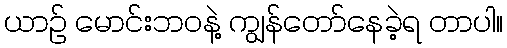
ယာဉ် မောင်းဘဝနဲ့ ကျွန်တော်နေခဲ့ရ တာပါ။